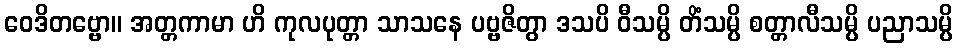
ဝေဒိတဗ္ဗော။ အတ္တကာမာ ဟိ ကုလပုတ္တာ သာသနေ ပဗ္ဗဇိတွာ ဒသပိ ဝီသမ္ပိ တိံသမ္ပိ စတ္တာလီသမ္ပိ ပညာသမ္ပိ